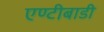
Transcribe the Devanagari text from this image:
एण्टीबाडी